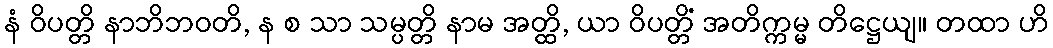
နံ ဝိပတ္တိ နာဘိဘဝတိ, န စ သာ သမ္ပတ္တိ နာမ အတ္ထိ, ယာ ဝိပတ္တိံ အတိက္ကမ္မ တိဋ္ဌေယျ။ တထာ ဟိ